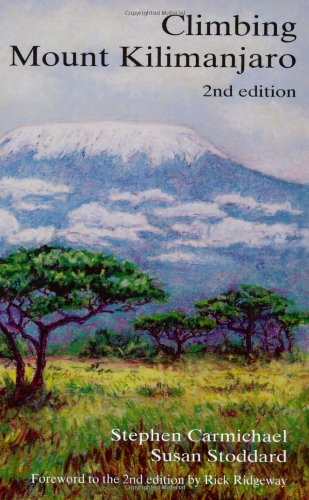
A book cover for Climbing Mount Kilimanjaro; Stephen Carmichael; Travel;